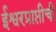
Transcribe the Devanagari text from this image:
ईश्वरप्राप्तीची